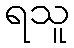
ရသူ